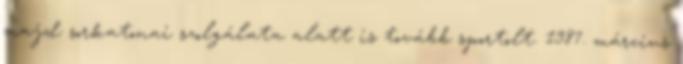
majd sorkatonai szolgálata alatt is tovább sportolt. 1987. március